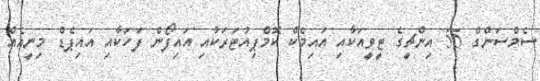
ސެމްސަންގް 55 އިންޗީގެ ޓީވީއަކާއި އައިމެކް ކޮމްޕިއުޓަރަކާއި އައިފޯން ފަހަކާއި އައިޕެޑް މިނީއެއް